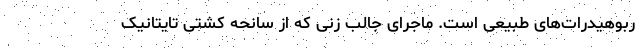
ربوهیدرات‌های طبیعی است. ماجرای جالب زنی که از سانحه کشتی تایتانیک